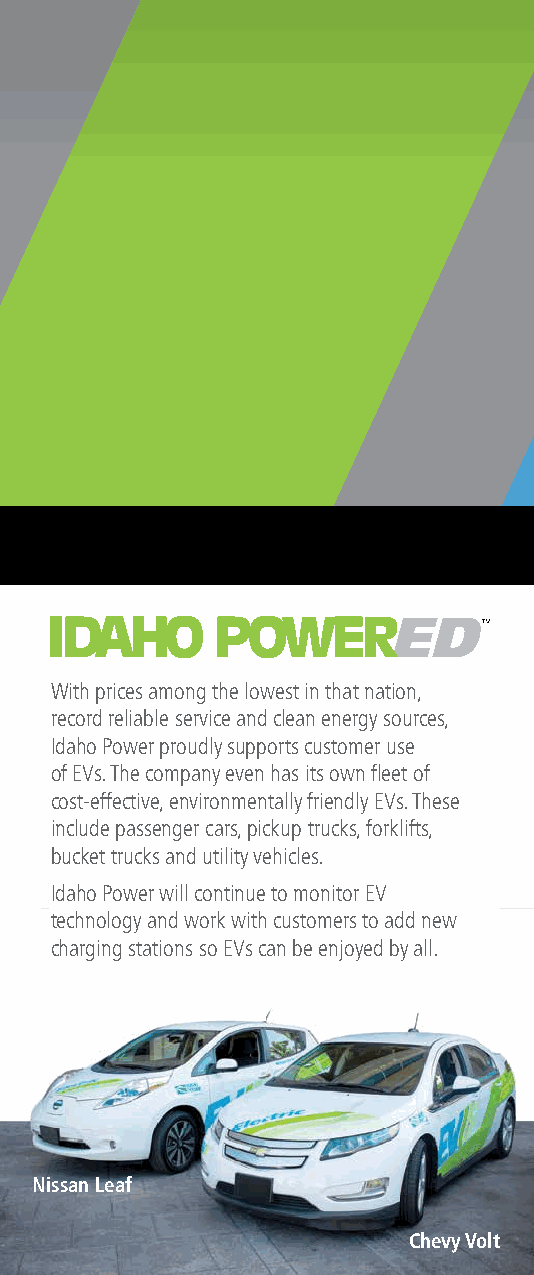
With prices among the lowest in that nation,
 record reliable service and clean energy sources,
 Idaho Power proudly supports customer use
 of EVs. The company even has its own fl eet of
 cost-effective, environmentally friendly EVs. These
 include passenger cars, pickup trucks, forklifts,
 bucket trucks and utility vehicles.
 Idaho Power will continue to monitor EV
 technology and work with customers to add new
 charging stations so EVs can be enjoyed by all.
 Nissan Leaf
 Chevy Volt